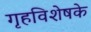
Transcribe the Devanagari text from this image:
गृहविशेषके